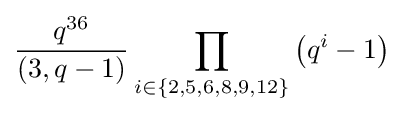
{\frac {q^{36}}{(3,q-1)}}\prod _{i\in \{2,5,6,8,9,12\}}\left(q^{i}-1\right)